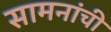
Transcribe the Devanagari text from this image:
सामनांची